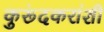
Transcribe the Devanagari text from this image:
कुरूंदकरांशी